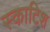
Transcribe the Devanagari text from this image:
स्‍काटिश